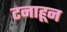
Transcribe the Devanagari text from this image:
टनाहून